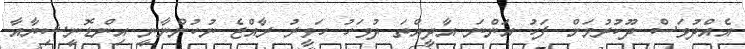
އެއްދުވަސް ދޫކުރުމަށް ފަހު އަންނަ އާދީއްތަ ދުވަހު ހަވީރު ރާއްޖެ ނުކުންނާނީ އިންޑޮނީޝިޔާއާ